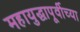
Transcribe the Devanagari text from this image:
महायुद्धापूर्वीच्या